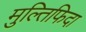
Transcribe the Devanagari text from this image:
मुल्तिफिदा